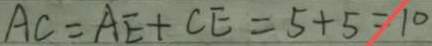
A C = A E + C E = 5 + 5 = 1 0